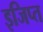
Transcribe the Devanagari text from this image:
इजिप्‍त